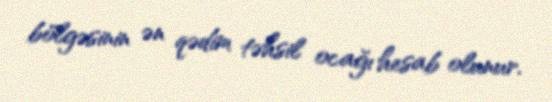
bölgəsinin ən qədim təhsil ocağı hesab olunur.